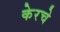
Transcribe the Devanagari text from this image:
केरचे